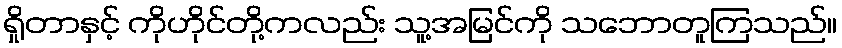
ရှိုတာနှင့် ကိုဟိုင်တို့ကလည်း သူ့အမြင်ကို သဘောတူကြသည်။